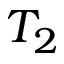
T _ { 2 }